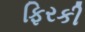
ફિરકી